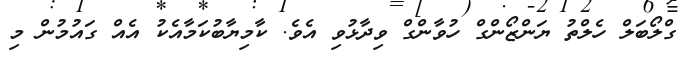
ގްލޯބަލް ހެލްތު ޔަންޒޯންގް ހުވާންގް ވިދާޅުވި އެވެ. ކާމިޔާބުކަމާއެކު އެއް ގައުމުން މި